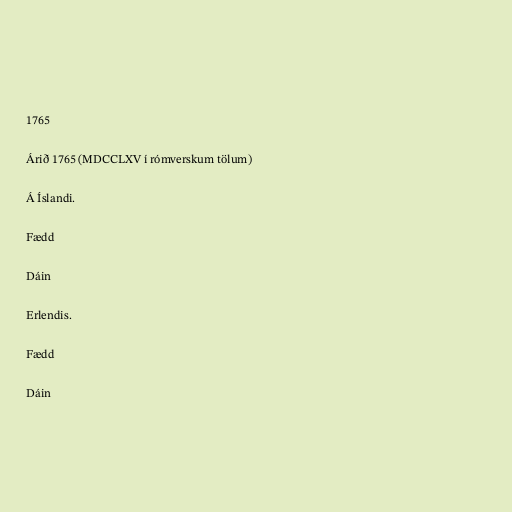
1765

Árið 1765 (MDCCLXV í rómverskum tölum)

Á Íslandi.

Fædd

Dáin

Erlendis.

Fædd

Dáin